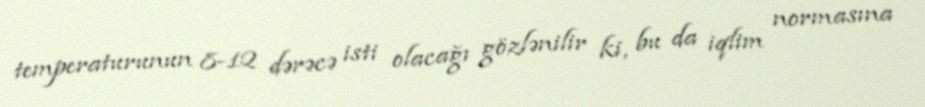
temperaturunun 8-12 dərəcə isti olacağı gözlənilir ki, bu da iqlim normasına